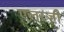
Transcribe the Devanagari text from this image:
एलरजी